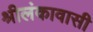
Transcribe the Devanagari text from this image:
श्रीलंकावासी